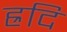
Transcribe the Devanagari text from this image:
ह्रदि